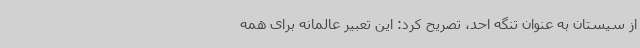
از سیستان به عنوان تنگه احد، تصریح کرد: این تعبیر عالمانه برای همه